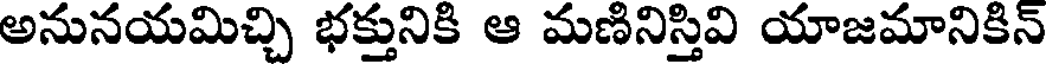
అనునయమిచ్చి భక్తునికి ఆ మణినిస్తివి యాజమానికిన్